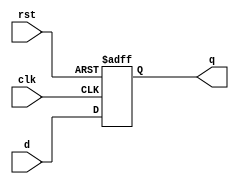


module sm_register
#(
    parameter SIZE = 32
)
(
    input                       clk,
    input                       rst,
    input      [ SIZE - 1 : 0 ] d,
    output reg [ SIZE - 1 : 0 ] q
);
    always @ (posedge clk or negedge rst)
        if(~rst)
            q <= { SIZE { 1'b0}};
        else
            q <= d;
endmodule


module sm_register_we
#(
    parameter SIZE = 32
)
(
    input                       clk,
    input                       rst,
    input                       we,
    input      [ SIZE - 1 : 0 ] d,
    output reg [ SIZE - 1 : 0 ] q
);
    always @ (posedge clk or negedge rst)
        if(~rst)
            q <= { SIZE { 1'b0}};
        else
            if(we) q <= d;
endmodule